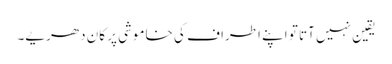
یقین نہیں آتا تو اپنے اطراف کی خاموشی پر کان دھریے۔